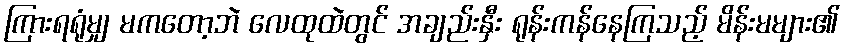
ကြားရရုံမျှ မကတော့ဘဲ လေထုထဲတွင် အချည်းနှီး ရုန်းကန်နေကြသည့် မိန်းမများ၏